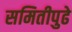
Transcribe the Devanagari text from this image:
समितीपुढे